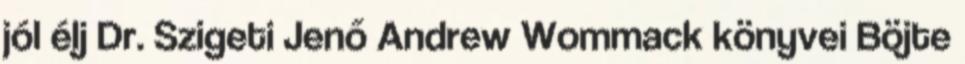
jól élj Dr. Szigeti Jenő Andrew Wommack könyvei Böjte